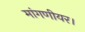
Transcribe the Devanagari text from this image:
मांगणीयर।